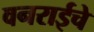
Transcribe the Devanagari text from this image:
वनराईचे